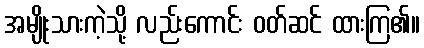
အမျိုးသားကဲ့သို့ လည်းကောင်း ဝတ်ဆင် ထားကြ၏။